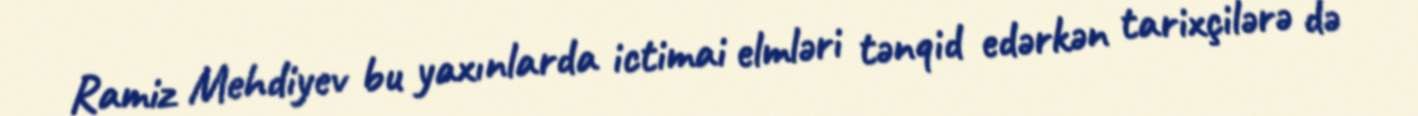
Ramiz Mehdiyev bu yaxınlarda ictimai elmləri tənqid edərkən tarixçilərə də